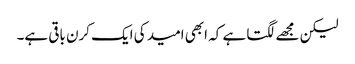
لیکن مجھے لگتا ہے کہ ابھی امید کی ایک کرن باقی ہے۔